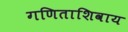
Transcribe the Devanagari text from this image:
गणिताशिवाय